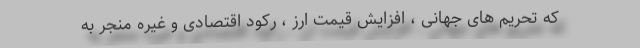
که تحریم های جهانی ، افزایش قیمت ارز ، رکود اقتصادی و غیره منجر به